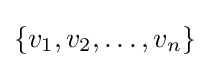
{\textstyle \{v_{1},v_{2},\ldots ,v_{n}\}}